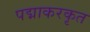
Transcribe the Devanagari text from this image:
पद्माकरकृत